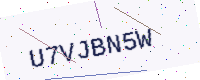
Text: U7VJBN5W